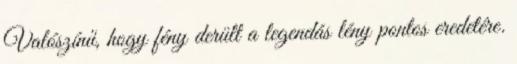
Valószínű, hogy fény derült a legendás lény pontos eredetére.